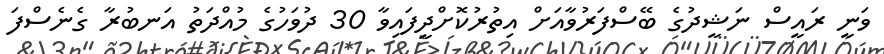
ވަނީ ރައީސް ނަޝީދުގެ ބޭސްފަރުވާއަށް އިތުރުކޮށްދީފައިވާ 30 ދުވަހުގެ މުއްދަތު އަނބުރާ ގެނެސްފަ